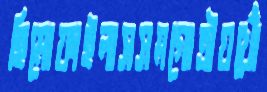
হিমোফাইলাসসমগোত্রীয়খোঁ